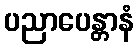
ပညာပေန္တာနံ